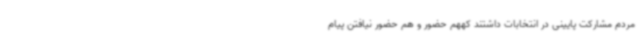
مردم مشارکت پایینی در انتخابات داشتند کههم حضور و هم حضور نیافتن پیام